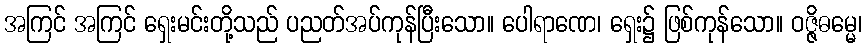
အကြင် အကြင် ရှေးမင်းတို့သည် ပညတ်အပ်ကုန်ပြီးသော။ ပေါရာဏေ၊ ရှေး၌ ဖြစ်ကုန်သော။ ဝဇ္ဇိဓမ္မေ၊